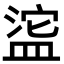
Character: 𬐥